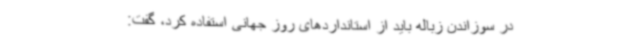
در سوزاندن زباله باید از استانداردهای روز جهانی استفاده کرد، گفت: